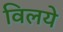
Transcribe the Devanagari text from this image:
विलये